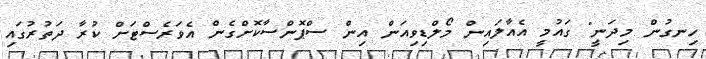
ހިނގުން މިދަނީ" ގައުމީ އެއާލައިން މޯލްޑިވިއަން އިން ސްޕޮންސާކޮށްގެން އެވަރެސްޓަށް ކުރާ ދަތުރުގައި